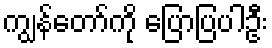
ကျွန်တော်ကို ပြောပြပါဦး